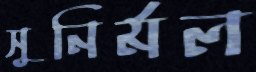
সুনির্মল